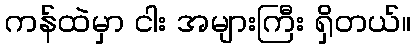
ကန်ထဲမှာ ငါး အများကြီး ရှိတယ်။